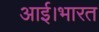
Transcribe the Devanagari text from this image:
आई।भारत